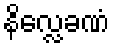
နိလ္လေခဏံ